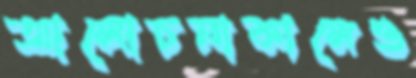
আলোচনাকালেও